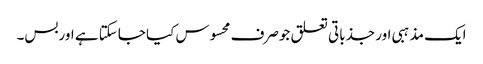
ایک مذہبی اور جذباتی تعلق جوصرف محسوس کیا جاسکتا ہے اوربس۔